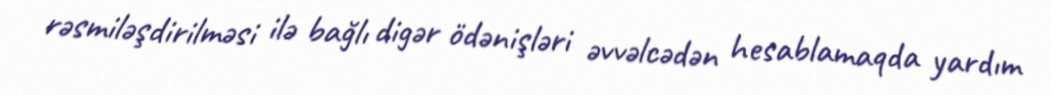
rəsmiləşdirilməsi ilə bağlı digər ödənişləri əvvəlcədən hesablamaqda yardım